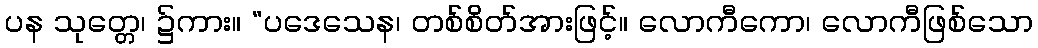
ပန သုတ္တေ၊ ၌ကား။ “ပဒေသေန၊ တစ်စိတ်အားဖြင့်။ လောကီကော၊ လောကီဖြစ်သော